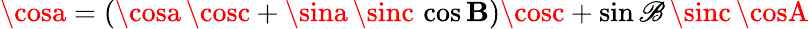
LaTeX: \cosa=(\cosa\, \cosc+\sina\, \sinc\, \cos\mathbf{B})\cosc+\sin\mathscr{B}\, \sinc\, \cosA